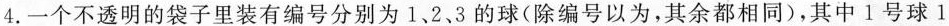
4.一个不透明的袋子里装有编号分别为1、2、3的球(除编号以为，其余都相同)，其中1号球1